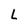
Character: L